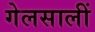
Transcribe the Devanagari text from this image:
गेलसालीं